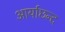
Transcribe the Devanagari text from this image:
आर्याछन्द